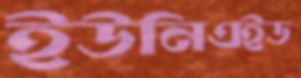
ইউনিএইড